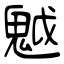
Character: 魆